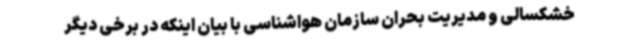
خشکسالی و مدیریت بحران سازمان هواشناسی با بیان اینکه در برخی دیگر